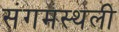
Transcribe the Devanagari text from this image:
संगमस्थली